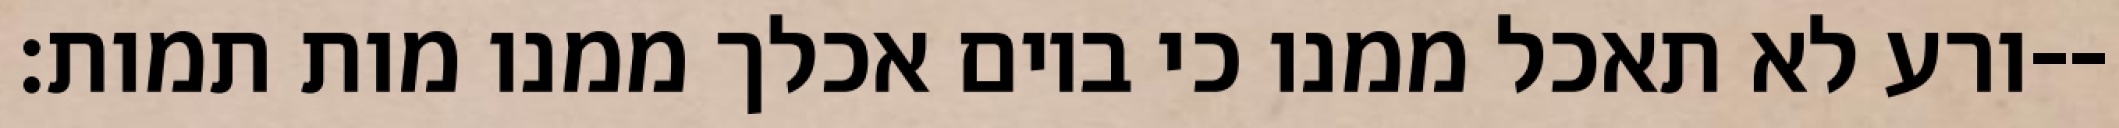
ורע לא תאכל ממנו כי ביום אכלך ממנו מות תמות׃--